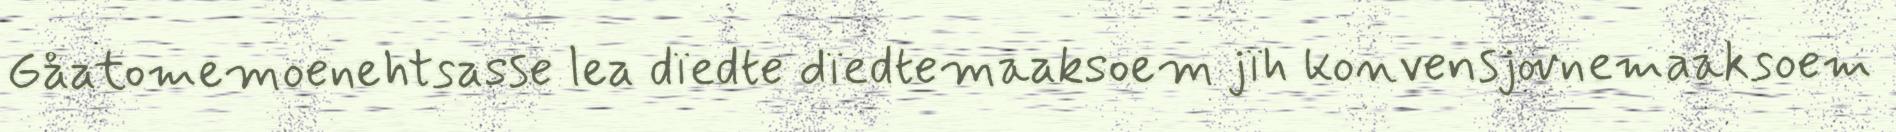
Gåatomemoenehtsasse lea dïedte dïedtemaaksoem jïh konvensjovnemaaksoem